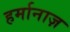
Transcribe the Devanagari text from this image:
हर्मानाज़